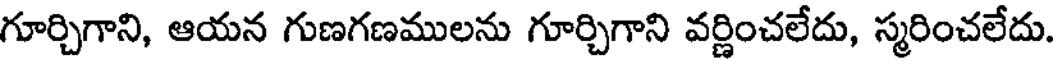
గూర్చిగాని, ఆయన గుణగణములను గూర్చిగాని వర్ణించలేదు, స్మరించలేదు.